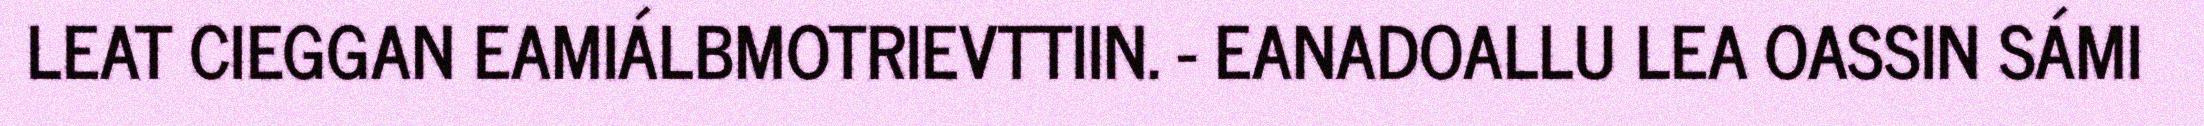
LEAT CIEGGAN EAMIÁLBMOTRIEVTTIIN. - EANADOALLU LEA OASSIN SÁMI